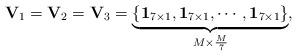
LaTeX: \begin{align*}{\bf V}_{1}={\bf V}_{2}={\bf V}_{3}=\underbrace{\{{\bf 1}_{7 \times 1},{\bf 1}_{7 \times 1}, \cdots ,{\bf 1}_{7 \times 1}\}}_{M\times \frac{M}{7}},\end{align*}